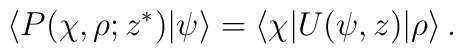
\langle P(\chi,\rho;z^\ast)|\psi\rangle=\langle\chi|U(\psi,z)|\rho\rangle\,.